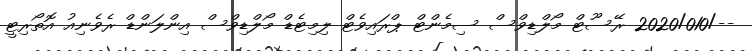
--/2020/010 ރޭސޫޓް މޯލްޑިވްސް ސިމެންޓް ޕްރައިވެޓް ލިމިޓެޑް މޯލްޑިވްސް އިންލަންޑް ރެވެނިއު އޮތޯރިޓީ